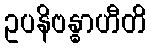
ဥပနိဗန္ဓာဟီတိ